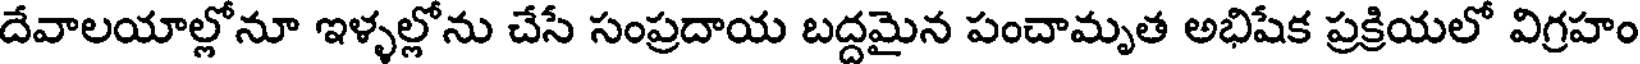
దేవాలయాల్లోనూ ఇళ్ళల్లోను చేసే సంప్రదాయ బద్దమైన పంచామృత అభిషేక ప్రక్రియలో విగ్రహం